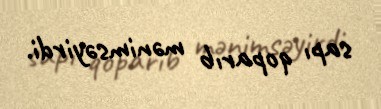
sapı qoparıb mənimsəyirdi.